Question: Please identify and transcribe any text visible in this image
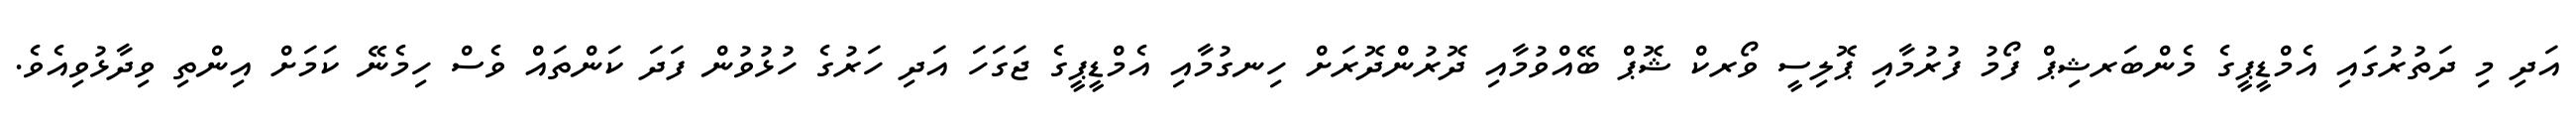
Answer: އަދި މި ދަތުރުގައި އެމްޑީޕީގެ މެންބަރޝިޕް ފޯމު ފުރުމާއި ޕޮލިސީ ވޯރކް ޝޮޕް ބޭއްވުމާއި ދޮރުންދޮރަށް ހިނގުމާއި އެމްޑީޕީގެ ޖަގަހަ އަދި ހަރުގެ ހުޅުވުން ފަދަ ކަންތައް ވެސް ހިމެނޭ ކަމަށް އިންތި ވިދާޅުވިއެވެ.